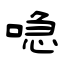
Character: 喼